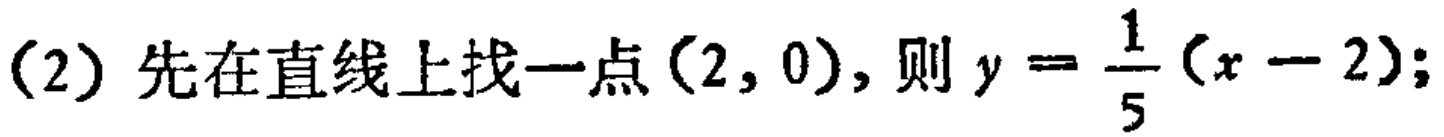
(2) 先在直线上找一点$(2,0)$，则$y = \frac{1}{5}(x - 2)$;